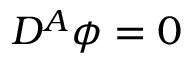
D ^ { A } \phi = 0